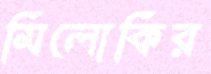
মিলোকির